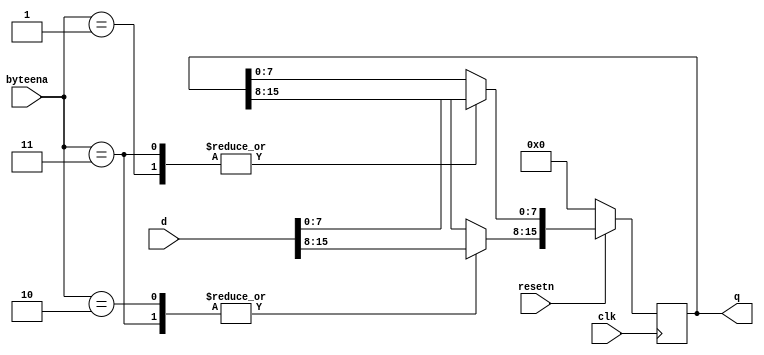
module top_module (
    input clk,
    input resetn,
    input [1:0] byteena,
    input [15:0] d,
    output [15:0] q
);
    always @(posedge clk)
        begin
            if(~resetn)
                begin
                    q <= 16'd0;
                end
            else
                begin
                    case (byteena)
                        2'b01 : q[7:0] = d[7:0];
                        2'b10 : q[15:8] = d[15:8];
                        2'b11 : q[15:0] = d[15:0];
                        default ;
                    endcase
                end
        end
endmodule